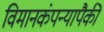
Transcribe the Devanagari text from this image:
विमानकंपन्यापैकी